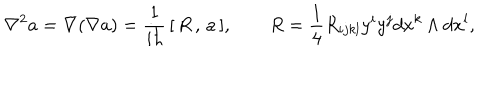
LaTeX: \nabla ^ { 2 } a = \nabla ( \nabla a ) = \frac 1 { i \hbar } \, [ \, R \, , \, a \, ] , \qquad R = \frac 1 4 R _ { i j k l } y ^ { i } y ^ { j } d x ^ { k } \wedge d x ^ { l } ,